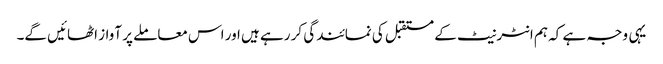
یہی وجہ ہے کہ ہم انٹرنیٹ کے مستقبل کی نمائندگی کر رہے ہیں اور اس معاملے پر آواز اٹھائیں گے۔